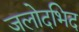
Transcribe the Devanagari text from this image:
जलोदभिद